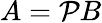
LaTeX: A=\mathcal{P}B